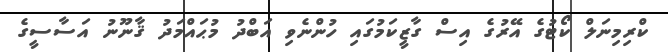
ކްރިމިނަލް ކޯޓުގެ އޭރުގެ އިސް ގާޒީކަމުގައި ހުންނެވި އަބްދު މުޙައްމަދު ޤާނޫނު އަސާސީގެ